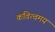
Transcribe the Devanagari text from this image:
कवित्वमय